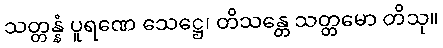
သတ္တန္နံ ပူရဏေ သေဋ္ဌေ၊ တိသန္တေ သတ္တမော တိသု။